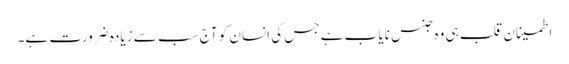
اطمینان قلب ہی وہ جنس نایاب ہے جس کی انسان کو آج سب سے زیادہ ضرورت ہے۔